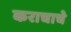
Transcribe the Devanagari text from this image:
कराचाचे